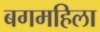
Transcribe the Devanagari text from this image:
बगमहिला